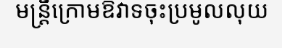
មន្ត្រីក្រោមឱវាទចុះប្រមូលលុយ